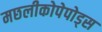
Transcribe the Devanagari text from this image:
मछलीकोपेपोड्स